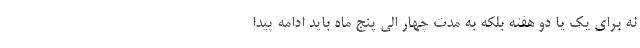
نه برای یک یا دو هفته بلکه به مدت چهار الی پنج ماه باید ادامه پیدا